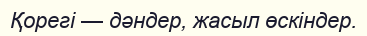
Қорегі — дәндер, жасыл өскіндер.